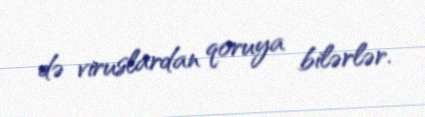
də viruslardan qoruya bilərlər.